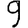
Digit: 9